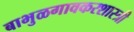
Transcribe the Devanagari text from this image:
बाभुळगावकरशास्त्री